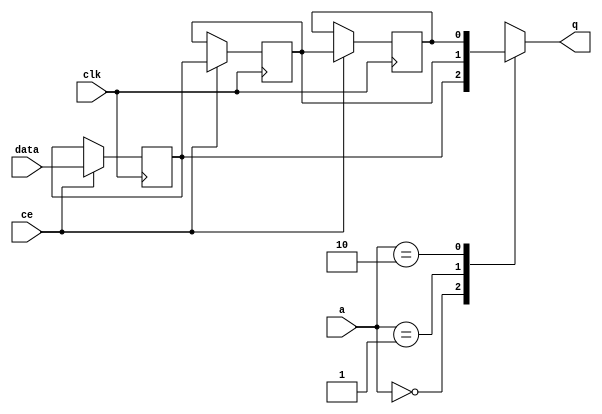
module start_for_Loop_lojbC_shiftReg (
    clk,
    data,
    ce,
    a,
    q);
parameter DATA_WIDTH = 32'd1;
parameter ADDR_WIDTH = 32'd2;
parameter DEPTH = 32'd3;
input clk;
input [DATA_WIDTH-1:0] data;
input ce;
input [ADDR_WIDTH-1:0] a;
output [DATA_WIDTH-1:0] q;
reg[DATA_WIDTH-1:0] SRL_SIG [0:DEPTH-1];
integer i;
always @ (posedge clk)
    begin
        if (ce)
        begin
            for (i=0;i<DEPTH-1;i=i+1)
                SRL_SIG[i+1] <= SRL_SIG[i];
            SRL_SIG[0] <= data;
        end
    end
assign q = SRL_SIG[a];
endmodule